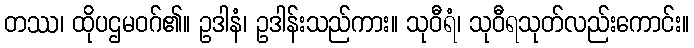
တဿ၊ ထိုပဌမဝဂ်၏။ ဥဒါနံ၊ ဥဒါန်းသည်ကား။ သုဝီရံ၊ သုဝီရသုတ်လည်းကောင်း။